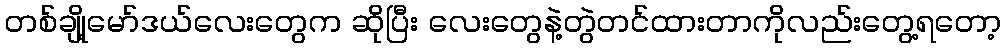
တစ်ချို့မော်ဒယ်လေးတွေက ဆိုပြီး လေးတွေနဲ့တွဲတင်ထားတာကိုလည်းတွေ့ရတော့